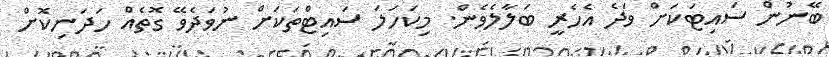
ބޭނުން ސައިޓަކަށް ވަދެ އެހެރީ ބަލާލެވެން. މިކަހަލަ ސައިޓްތަކަށް ނުވަދެވޭ ގޮތެއް ހަދަނިކޮށް